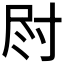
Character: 𫵛